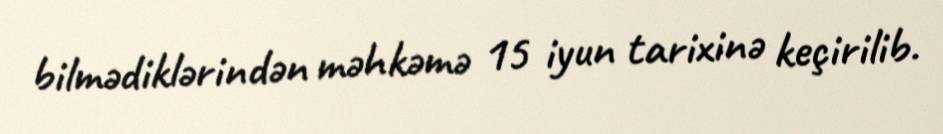
bilmədiklərindən məhkəmə 15 iyun tarixinə keçirilib.